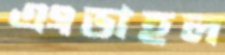
এংডাহল